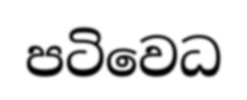
පටිවෙධ